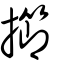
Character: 擳